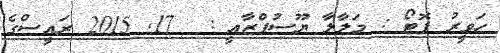
ހަވީރު ފޮޓޯ : މަލާލާ ޔޫސުފްޒާއީ :  17